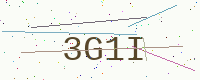
Text: 3G1I